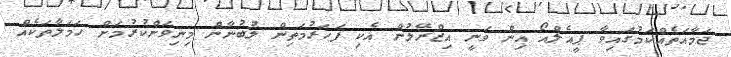
ޖަމާއަތެއްކަމުގައިވާ ޕީއެލްއޯ އިން ވަނީ އިޒްރޭލުން އެކި ފަހަރުމަތިން ލުބުނާން މިނިވަންކުރުމަށް ހަމަލާތަކެއް